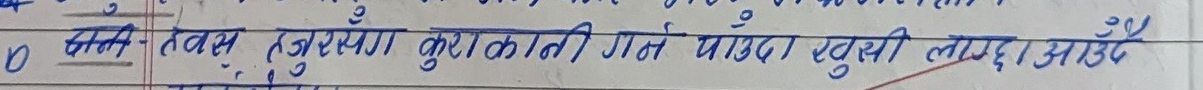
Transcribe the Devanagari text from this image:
0 आफ्नो तब तरङ्ग कुराकानी गर्न भन्दा खुसी लाग्छ आउँछ